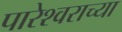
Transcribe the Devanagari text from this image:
पारेश्वराच्या